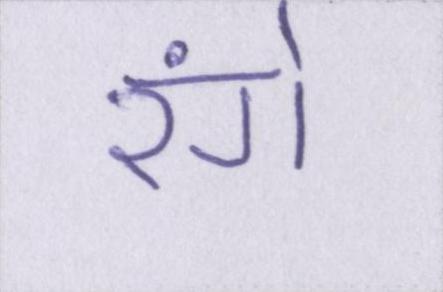
रंगे